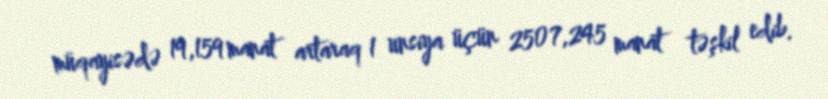
müqayisədə 19,159 manat artaraq 1 unsiya üçün 2507,245 manat təşkil edib.